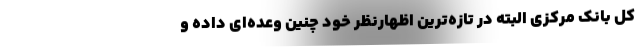
کل بانک مرکزی البته در تازه‌ترین اظهارنظر خود چنین وعده‌ای داده و